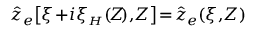
\hat { z } _ { e } \! \left[ \xi \! + \! i \xi _ { { \scriptscriptstyle H } } ( \! Z \! ) , \! Z \right] \! = \! \hat { z } _ { e } ( \xi , \! Z )